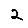
Digit: 2